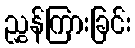
ညွှန်ကြားခြင်း